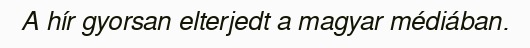
A hír gyorsan elterjedt a magyar médiában.